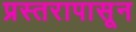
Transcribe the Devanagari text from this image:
प्रस्तरापासून